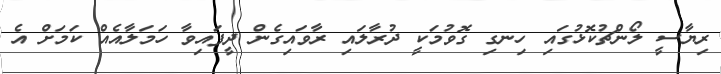
ރިޔާސީ ލޯންޗުކޮޅުގައި ހިނގި ގޮވުމަކީ ދުރާލައި ރާވައިގެން ދީފައިވާ ހަމަލާއެއް ކަމަށް އެ